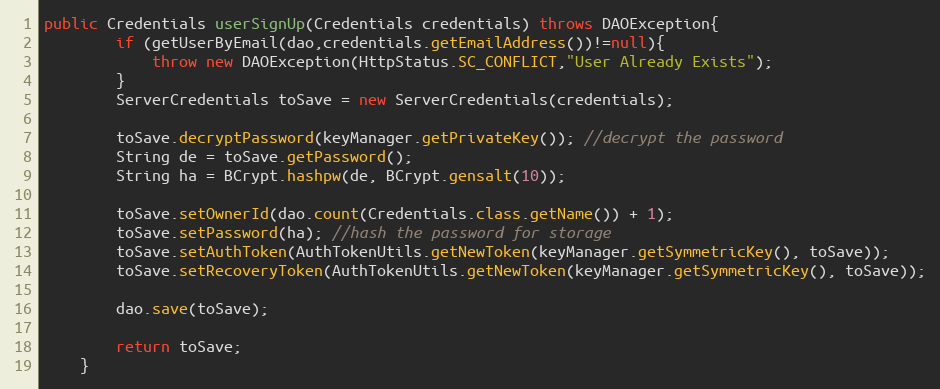
Language: Java
public Credentials userSignUp(Credentials credentials) throws DAOException{
        if (getUserByEmail(dao,credentials.getEmailAddress())!=null){
            throw new DAOException(HttpStatus.SC_CONFLICT,"User Already Exists");
        }
        ServerCredentials toSave = new ServerCredentials(credentials);

        toSave.decryptPassword(keyManager.getPrivateKey()); //decrypt the password
        String de = toSave.getPassword();
        String ha = BCrypt.hashpw(de, BCrypt.gensalt(10));

        toSave.setOwnerId(dao.count(Credentials.class.getName()) + 1);
        toSave.setPassword(ha); //hash the password for storage
        toSave.setAuthToken(AuthTokenUtils.getNewToken(keyManager.getSymmetricKey(), toSave));
        toSave.setRecoveryToken(AuthTokenUtils.getNewToken(keyManager.getSymmetricKey(), toSave));

        dao.save(toSave);

        return toSave;
    }